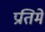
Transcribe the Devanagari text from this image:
प्रतिमे